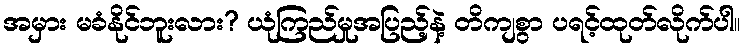
အမှား မခံနိုင်ဘူးလား? ယုံကြည်မှုအပြည့်နဲ့ တိကျစွာ ပရင့်ထုတ်လိုက်ပါ။